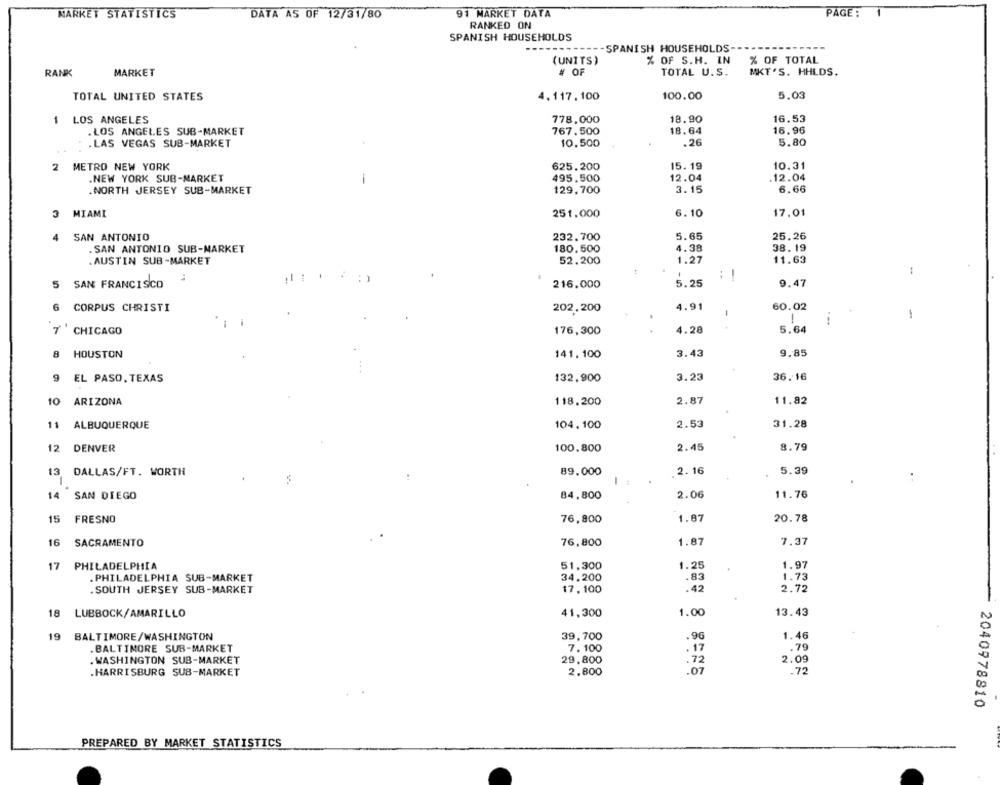
MARKET STATISTICS
DATA AS OF 12/31/80
91 MARKET DATA
PAGE :
RANKED ON
SPANISH HOUSEHOLDS
--------- SPANISH HOUSEHOLDS-
(UNITS)
% OF S.H. IN
% OF TOTAL
RANK
MARKET
# OF
TOTAL U.S.
MKT'S. HHLDS.
100.00
5.03
TOTAL UNITED STATES
4.117.100
778,000
18.90
16.53
1 LOS ANGELES
.LOS ANGELES SUB-MARKET
767.500
18.64
16.96
10.500
.26
5.80
. LAS VEGAS SUB-MARKET
2 METRO NEW YORK
625.200
15. 19
10.31
.NEW YORK SUB-MARKET
495.500
12.04
12.04
129,700
3.15
6.66
.NORTH JERSEY SUB-MARKET
251.000
6.10
17.01
3 MIAMI
SAN ANTONIO
5.65
25.26
4
232.700
. SAN ANTONIO SUB-MARKET
180.500
4.38
38.19
. AUSTIN SUB-MARKET
52.200
1.27
11.63
1
: !
:
5
216.000
5.25
9.47
SAN FRANCISCO
6 CORPUS CHRISTI
4.91
60.02
202,200
1
-
7 ' CHICAGO
176,300
4.28
5.64
8 HOUSTON
141,100
3.43
9.85
9 EL PASO, TEXAS
132,900
3.23
36.16
10 ARIZONA
2.87
11.82
118.200
11 ALBUQUERQUE
104.100
2.53
31.28
12 DENVER
100,800
2.45
8.79
13 DALLAS/FT. WORTH
89.000
2.16
5.39
SAN DIEGO
2.06
11.76
14
84,800
15
FRESNO
76,800
1.87
20.78
16
SACRAMENTO
76,800
1.87
7.37
17
PHILADELPHIA
51,300
1.25
1.97
PHILADELPHIA SUB-MARKET
34.200
.83
1.73
SOUTH JERSEY SUB-MARKET
17, 100
.42
2.72
18
41,300
1.00
13.43
LUBBOCK/AMARILLO
19 BALTIMORE/WASHINGTON
39,700
1.46
.96
BALTIMORE SUB-MARKET
7. 100
. 17
.79
. WASHINGTON SUB-MARKET
29,800
:72
2.09
.HARRISBURG SUB-MARKET
2.800
.07
.72
2040978810
PREPARED BY MARKET STATISTICS